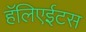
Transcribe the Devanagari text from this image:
हॅलिएईटस